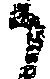
か